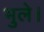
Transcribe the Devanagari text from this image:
भुले।